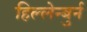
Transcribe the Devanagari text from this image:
हिल्लेन्बुर्न